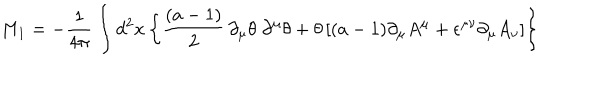
LaTeX: M _ { 1 } = - { \frac { 1 } { 4 \pi } } \int d ^ { 2 } x \left\lbrace { \frac { ( a - 1 ) } { 2 } } \, \partial _ { \mu } \theta \; \partial ^ { \mu } \theta + \theta \left\lbrack ( a - 1 ) \partial _ { \mu } A ^ { \mu } + \epsilon ^ { \mu \nu } \partial _ { \mu } A _ { \nu } \right\rbrack \right\rbrace